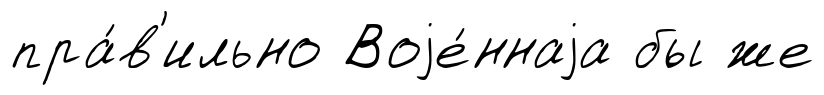
пра́в'ильно Воjе́ннаjа бы же